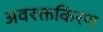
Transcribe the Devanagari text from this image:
अवरक्तकिरण